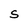
Character: S